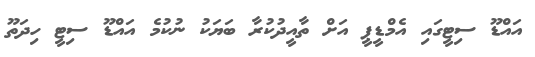
އައްޑޫ ސިޓީގައި އެމްޑީޕީ އަށް ތާއީދުކުރާ ބަޔަކު ނުކުމެ އައްޑޫ ސިޓީ ހިދަތޫ